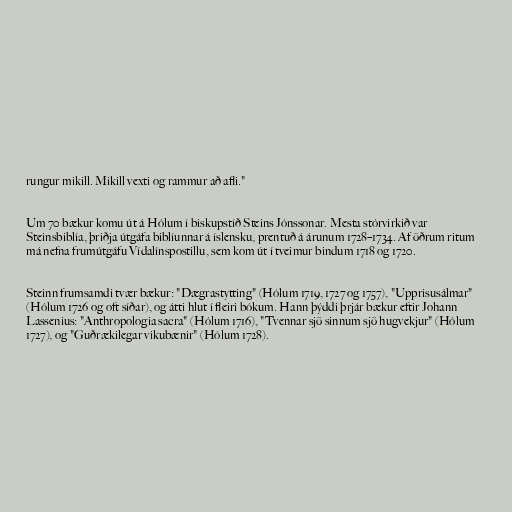
rungur mikill. Mikill vexti og rammur að afli."

Um 70 bækur komu út á Hólum í biskupstíð Steins Jónssonar. Mesta stórvirkið var
Steinsbiblía, þriðja útgáfa biblíunnar á íslensku, prentuð á árunum 1728–1734. Af öðrum ritum
má nefna frumútgáfu Vídalínspostillu, sem kom út í tveimur bindum 1718 og 1720.

Steinn frumsamdi tvær bækur: "Dægrastytting" (Hólum 1719, 1727 og 1757), "Upprisusálmar"
(Hólum 1726 og oft síðar), og átti hlut í fleiri bókum. Hann þýddi þrjár bækur eftir Johann
Lassenius: "Anthropologia sacra" (Hólum 1716), "Tvennar sjö sinnum sjö hugvekjur" (Hólum
1727), og "Guðrækilegar vikubænir" (Hólum 1728).